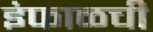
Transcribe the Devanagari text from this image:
इंफाळची